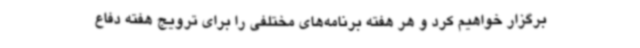
برگزار خواهیم کرد و هر هفته برنامه‌های مختلفی را برای ترویج هفته دفاع